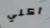
آكلي